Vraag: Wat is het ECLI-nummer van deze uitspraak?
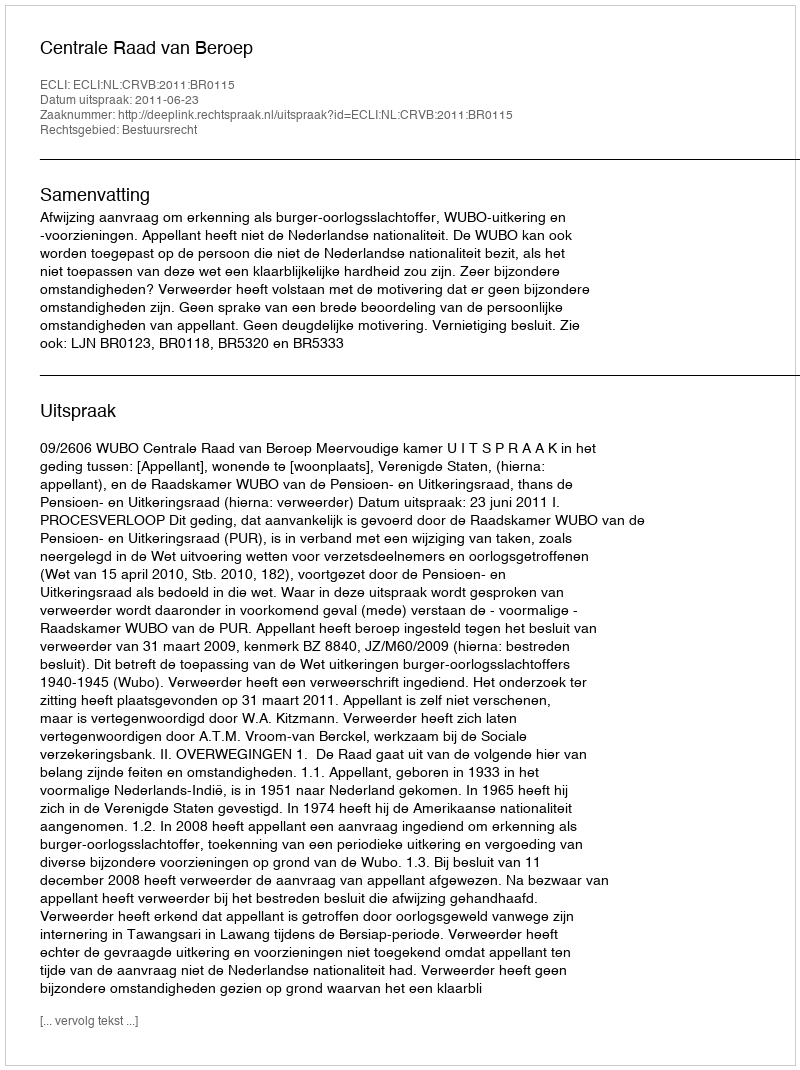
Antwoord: ECLI:NL:CRVB:2011:BR0115